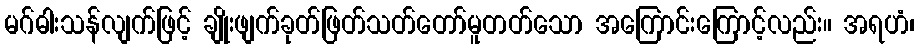
မဂ်ဓါးသန်လျက်ဖြင့် ချိုးဖျက်ခုတ်ဖြတ်သတ်တော်မူတတ်သော အကြောင်းကြောင့်လည်း။ အရဟံ၊